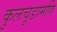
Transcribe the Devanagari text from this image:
कुलचूडामणि